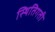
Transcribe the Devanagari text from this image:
स्थितिगती